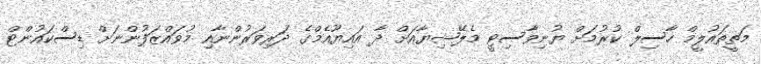
މަތީތައުލީމް ހާސިލް ކުުރުމަށް ޔުނިވާސިޓީ މެލޭޝިޔާއަށް ދާ އައިޔޫއެމްގެ ދަރިވަރުންނާއި މުވައްޒަފުންނަށް ޑިސްކައުންޓް